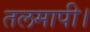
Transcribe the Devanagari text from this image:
तलमापी।